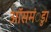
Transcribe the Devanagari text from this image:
ऑसमंुडा